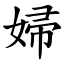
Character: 婦